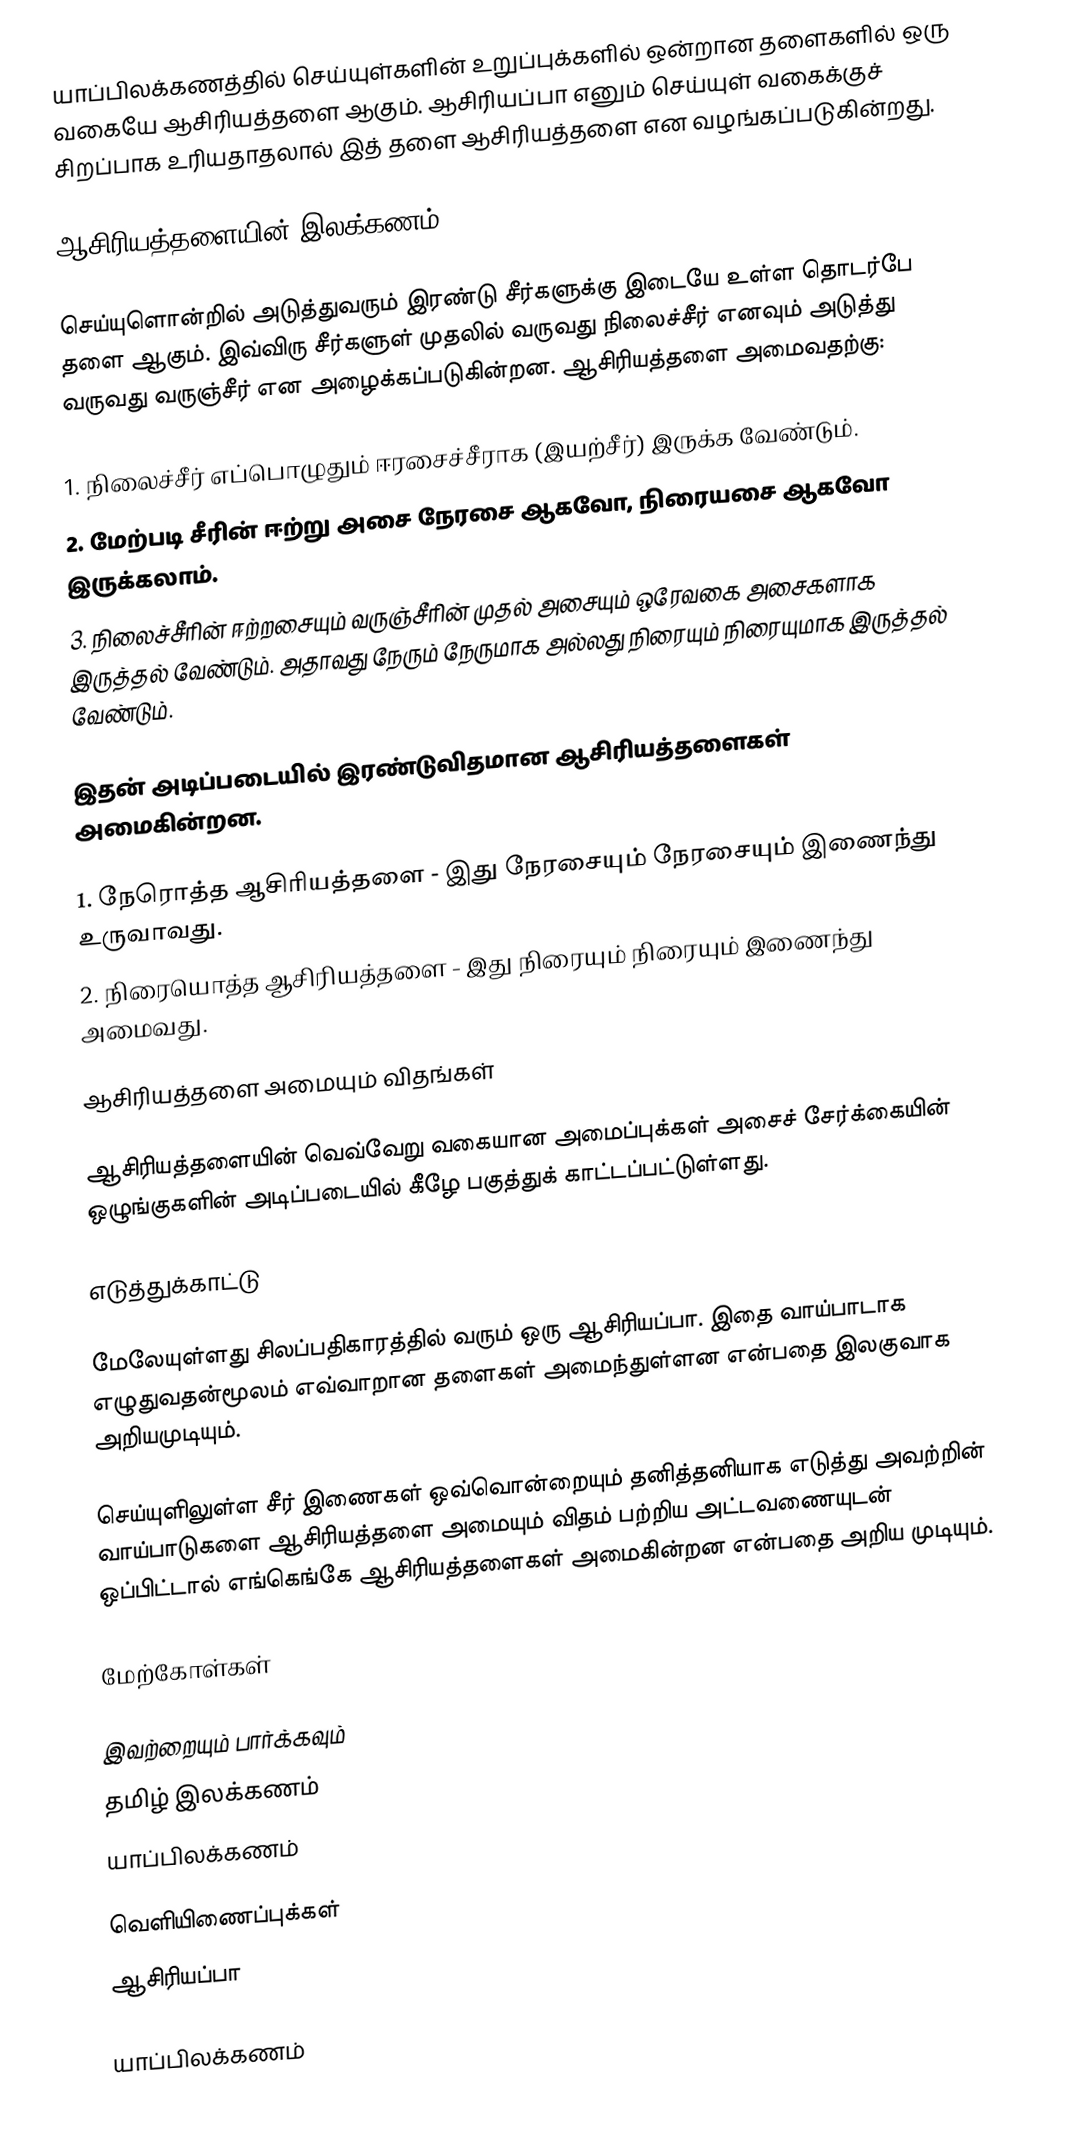
யாப்பிலக்கணத்தில் செய்யுள்களின் உறுப்புக்களில் ஒன்றான தளைகளில் ஒரு வகையே ஆசிரியத்தளை ஆகும். ஆசிரியப்பா எனும் செய்யுள் வகைக்குச் சிறப்பாக உரியதாதலால் இத் தளை ஆசிரியத்தளை என வழங்கப்படுகின்றது.

ஆசிரியத்தளையின் இலக்கணம்

செய்யுளொன்றில் அடுத்துவரும் இரண்டு சீர்களுக்கு இடையே உள்ள தொடர்பே தளை ஆகும். இவ்விரு சீர்களுள் முதலில் வருவது நிலைச்சீர் எனவும் அடுத்து வருவது வருஞ்சீர் என அழைக்கப்படுகின்றன. ஆசிரியத்தளை அமைவதற்கு:

 1. நிலைச்சீர் எப்பொழுதும் ஈரசைச்சீராக (இயற்சீர்) இருக்க வேண்டும்.
 2. மேற்படி சீரின் ஈற்று அசை நேரசை ஆகவோ, நிரையசை ஆகவோ இருக்கலாம்.
 3. நிலைச்சீரின் ஈற்றசையும் வருஞ்சீரின் முதல் அசையும் ஒரேவகை அசைகளாக இருத்தல் வேண்டும். அதாவது நேரும் நேருமாக அல்லது நிரையும் நிரையுமாக இருத்தல் வேண்டும்.

இதன் அடிப்படையில் இரண்டுவிதமான ஆசிரியத்தளைகள் அமைகின்றன.

 1. நேரொத்த ஆசிரியத்தளை -  இது நேரசையும் நேரசையும் இணைந்து உருவாவது.
 2. நிரையொத்த ஆசிரியத்தளை - இது நிரையும் நிரையும் இணைந்து அமைவது.

ஆசிரியத்தளை அமையும் விதங்கள்

ஆசிரியத்தளையின் வெவ்வேறு வகையான அமைப்புக்கள் அசைச் சேர்க்கையின் ஒழுங்குகளின் அடிப்படையில் கீழே பகுத்துக் காட்டப்பட்டுள்ளது.

எடுத்துக்காட்டு

மேலேயுள்ளது சிலப்பதிகாரத்தில் வரும் ஒரு ஆசிரியப்பா. இதை வாய்பாடாக எழுதுவதன்மூலம் எவ்வாறான தளைகள் அமைந்துள்ளன என்பதை இலகுவாக அறியமுடியும்.

செய்யுளிலுள்ள சீர் இணைகள் ஒவ்வொன்றையும் தனித்தனியாக எடுத்து அவற்றின் வாய்பாடுகளை ஆசிரியத்தளை அமையும் விதம் பற்றிய அட்டவணையுடன் ஒப்பிட்டால் எங்கெங்கே ஆசிரியத்தளைகள் அமைகின்றன என்பதை அறிய முடியும்.

மேற்கோள்கள்

இவற்றையும் பார்க்கவும்
 தமிழ் இலக்கணம்
 யாப்பிலக்கணம்

வெளியிணைப்புக்கள்
 ஆசிரியப்பா

யாப்பிலக்கணம்